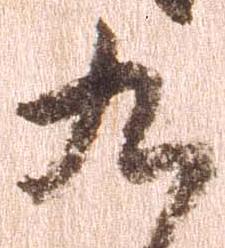
九